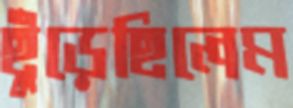
ছুঁড়েছিলেম